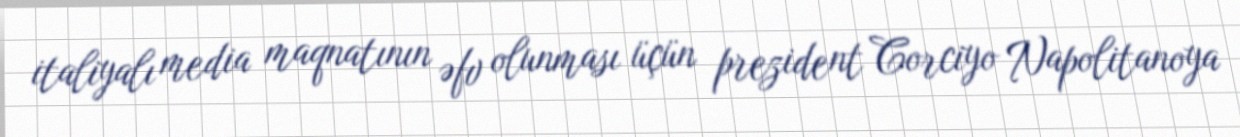
italiyalı media maqnatının əfv olunması üçün prezident Corciyo Napolitanoya